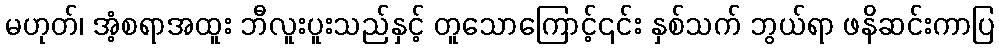
မဟုတ်၊ အံ့စရာအထူး ဘီလူးပူးသည်နှင့် တူသောကြောင့်၎င်း နှစ်သက် ဘွယ်ရာ ဖနိဆင်းကာပြ